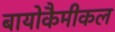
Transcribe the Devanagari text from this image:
बायोकैमीकल